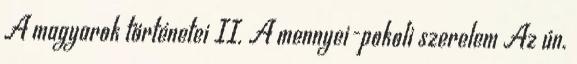
A magyarok történetei II. A mennyei-pokoli szerelem Az ún.